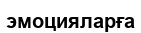
эмоцияларға